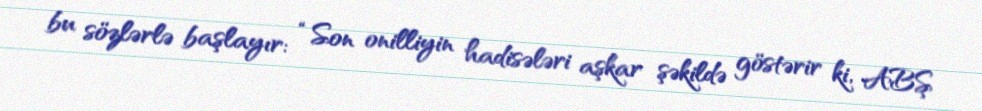
bu sözlərlə başlayır: “Son onilliyin hadisələri aşkar şəkildə göstərir ki, ABŞ